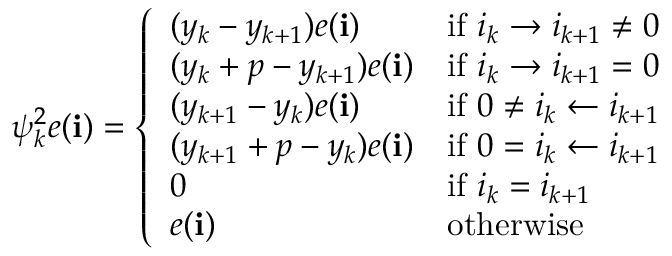
\begin{array} { r } { \psi _ { k } ^ { 2 } e ( \mathbf { i } ) = \left\{ \begin{array} { l l } { ( y _ { k } - y _ { k + 1 } ) e ( \mathbf { i } ) } & { \mathrm { i f ~ } i _ { k } \rightarrow i _ { k + 1 } \neq 0 } \\ { ( y _ { k } + p - y _ { k + 1 } ) e ( \mathbf { i } ) } & { \mathrm { i f ~ } i _ { k } \rightarrow i _ { k + 1 } = 0 } \\ { ( y _ { k + 1 } - y _ { k } ) e ( \mathbf { i } ) } & { \mathrm { i f ~ } 0 \neq i _ { k } \leftarrow i _ { k + 1 } } \\ { ( y _ { k + 1 } + p - y _ { k } ) e ( \mathbf { i } ) } & { \mathrm { i f ~ } 0 = i _ { k } \leftarrow i _ { k + 1 } } \\ { 0 } & { \mathrm { i f ~ } i _ { k } = i _ { k + 1 } } \\ { e ( \mathbf { i } ) } & { \mathrm { o t h e r w i s e } } \end{array} \right. } \end{array}